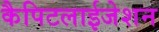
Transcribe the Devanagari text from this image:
कैपिटलाईजेशन